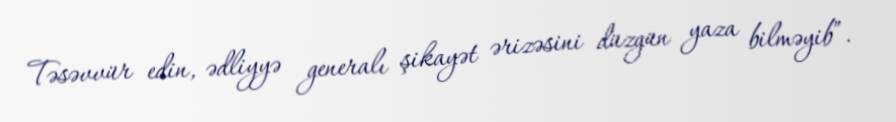
Təsəvvür edin, ədliyyə generalı şikayət ərizəsini düzgün yaza bilməyib”.